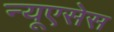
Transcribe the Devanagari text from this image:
न्यूएसेस